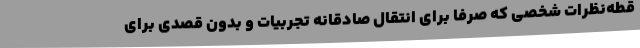
قطه‌نظرات شخصی که صرفا برای انتقال صادقانه تجربیات و بدون قصدی برای